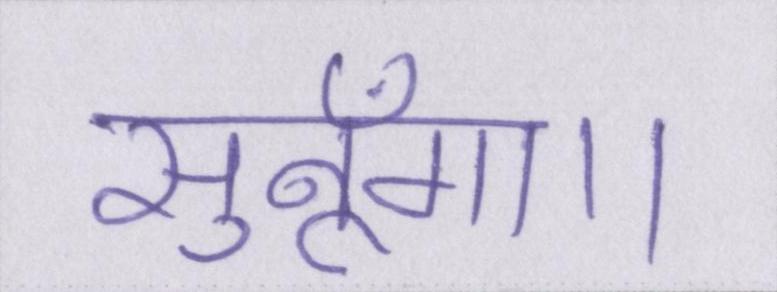
सुनूँगा।